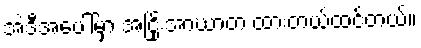
အဲဒီအပေါ်မှာ အငြိုးအာဃာတ ထားတယ်ထင်တယ်။